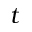
t